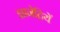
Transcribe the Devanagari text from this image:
ज्ञानेद्रियें